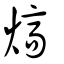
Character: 熇